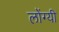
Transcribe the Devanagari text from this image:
लोंग्यी